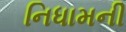
નિધામની